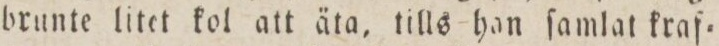
brunte litet kol att äta, tills han ſamlat kraf=